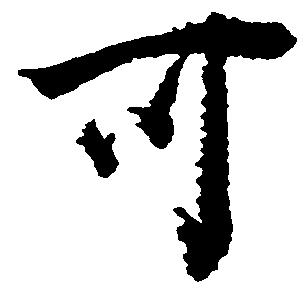
可